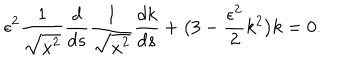
\epsilon ^ { 2 } \frac { 1 } { \sqrt { \dot { x } ^ { 2 } } } \frac { d } { d s } \frac { 1 } { \sqrt { \dot { x } ^ { 2 } } } \frac { d k } { d s } + \bigl ( 3 - \frac { \epsilon ^ { 2 } } { 2 } k ^ { 2 } \bigr ) k = 0 . \,